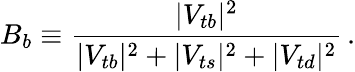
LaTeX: B_{b}\equiv{\frac{\vert V_{tb}\vert^{2}}{\vert V_{tb}\vert^{2}+\vert V_{ts}\vert^{2}+\vert V_{td}\vert^{2}}}\, .